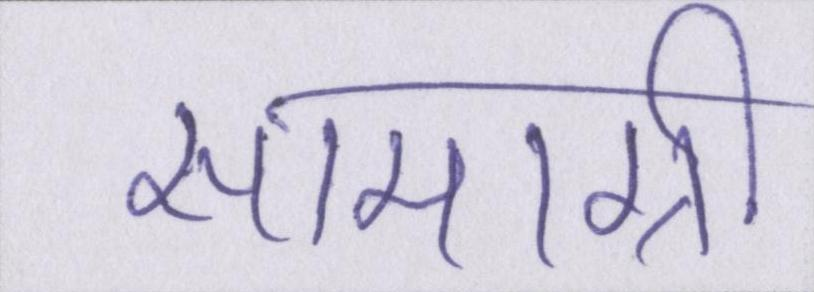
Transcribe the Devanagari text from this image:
सामाग्री